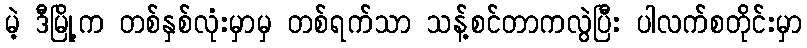
မဲ့ ဒီမြို့က တစ်နှစ်လုံးမှာမှ တစ်ရက်သာ သန့်စင်တာကလွဲပြီး ပါလက်စတိုင်းမှာ